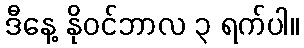
ဒီနေ့ နိုဝင်ဘာလ ၃ ရက်ပါ။